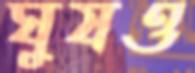
ঘুষও